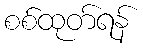
စစ်ထုတ်ရန်